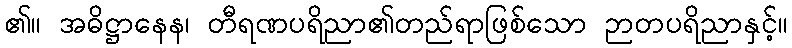
၏။ အဓိဋ္ဌာနေန၊ တီရဏပရိညာ၏တည်ရာဖြစ်သော ဉာတပရိညာနှင့်။